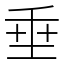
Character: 垂